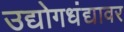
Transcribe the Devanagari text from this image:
उद्योगधंद्यावर